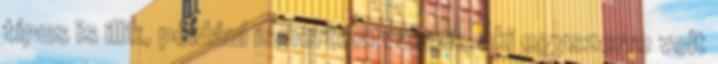
típus is illik, például ismertem valakit, aki egyszerre volt